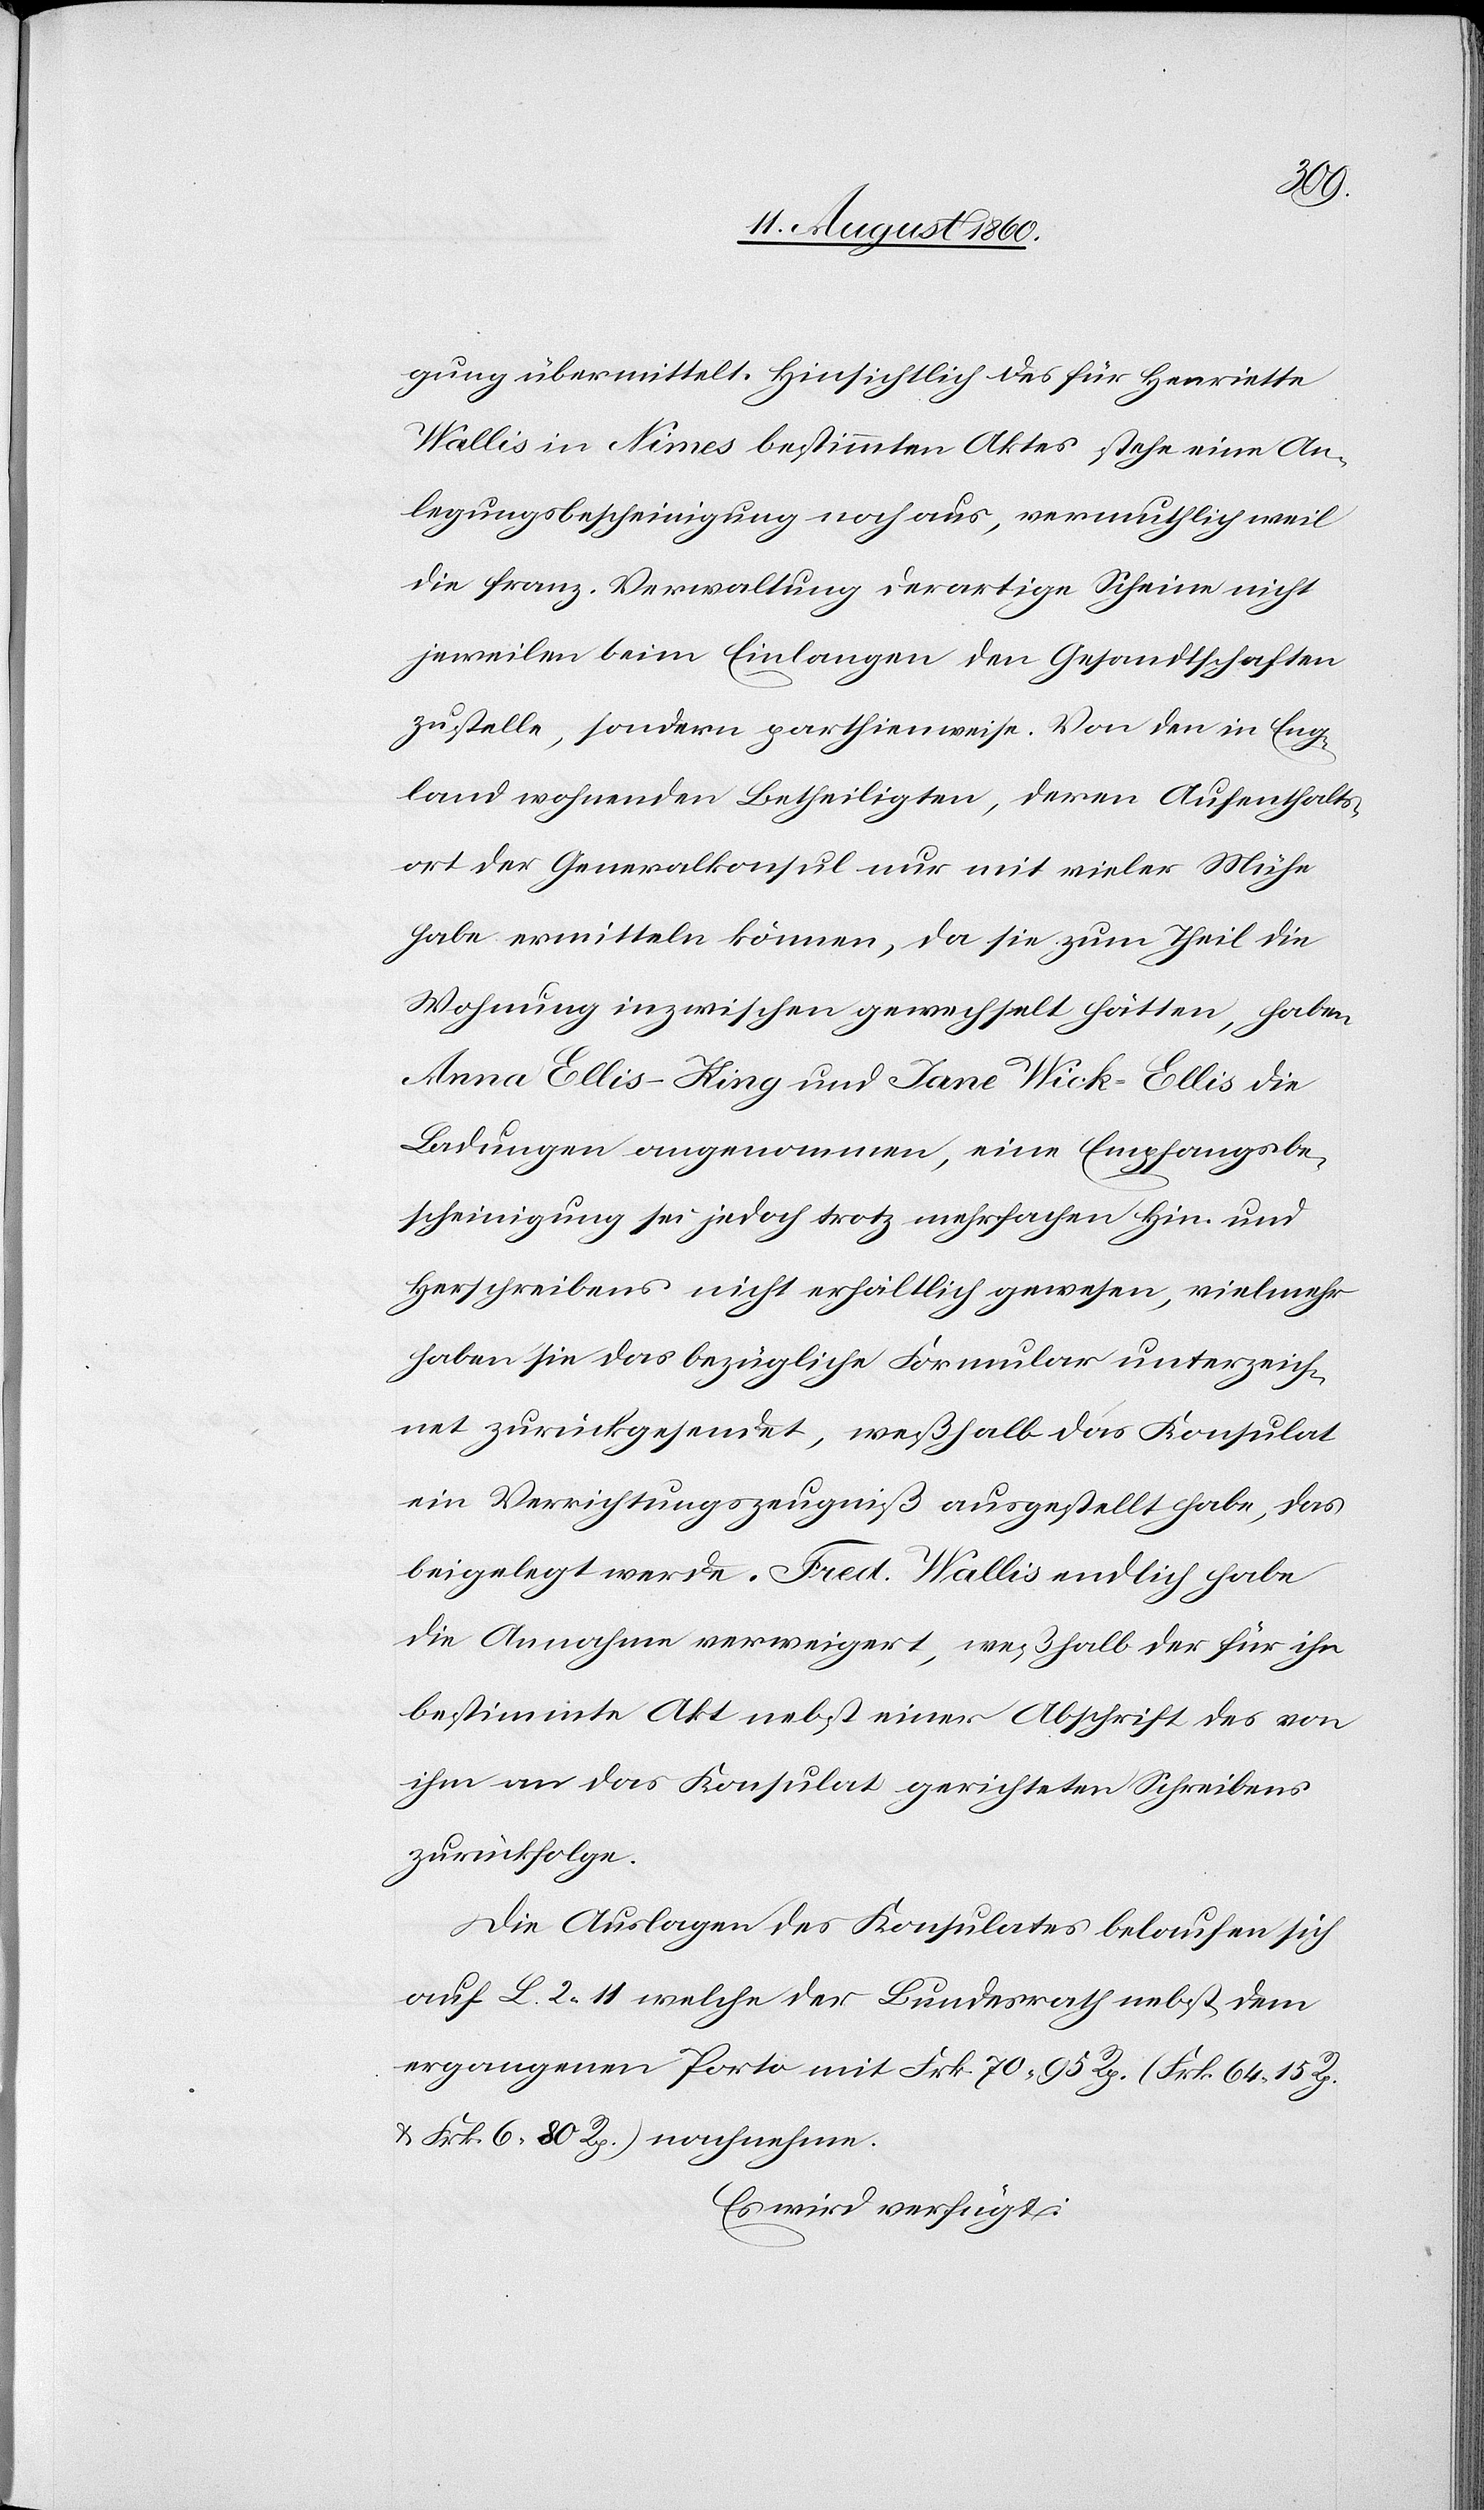
gung übermittelt. Hinsichtlich des für Henriette
Wallis in Nimes bestimmten Aktes stehe eine An¬
legungsbescheinigung noch aus, vermuthlich weil
die franz. Verwaltung derartige Scheine nicht
jeweilen beim Einlangen den Gesandtschaften
zustelle, sondern parthienweise. Von den in Eng¬
land wohnenden Betheiligten, deren Aufenthalts¬
ort der Generalkonsul nur mit vieler Mühe
habe vermitteln können, da sie zum Theil die
Wohnung inzwischen gewechselt hätten, haben
Anna Ellis–King u. Jane Wick–Ellis die
Ladungen angenommen, eine Empfangsbe¬
scheinigung sei jedoch trotz mehrfachen Hin- u.
Herschreibens nicht erhältlich gewesen, vielmehr
haben sie das bezüglich Formular unterzeich¬
net zurückgesendet, weshalb das Konsulat
ein Verrichtungszeugniss ausgestellt habe, das
beigelegt werde. Fred. Wallis endlich habe
die Annahme verweigert, weshalb der für ihn
bestimmte Akt nebst einer Abschrift des von
ihm an das Konsulat gerichteten Schreibens
zurückfolge.
Die Auslagen des Konsulates belaufen sich
auf L. 2. 11 welche der Bundesrath nebst dem
ergangenen Porto mit Frk. 70 95C (Frk. 64 15C
u. Frk. 6 80C[)] nachnehme.
es wird verfügt: